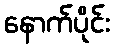
နောက်ပိုင်း